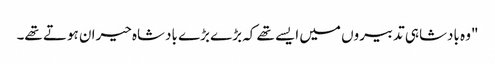
"وہ بادشاہی تدبیروں میں ایسے تھے کہ بڑے بڑے بادشاہ حیران ہوتے تھے۔